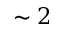
\sim 2